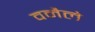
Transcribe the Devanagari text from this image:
वनैले